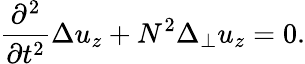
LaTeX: \frac{\partial^{2}}{\partial t^{2}}\Delta u_{z}+N^{2}\Delta_{\perp}u_{z}=0.